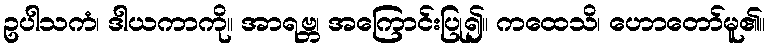
ဥပါသကံ၊ ဒါယကာကို။ အာရဗ္ဘ၊ အကြောင်းပြု၍။ ကထေသိ၊ ဟောတော်မူ၏။